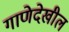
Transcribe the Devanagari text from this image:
गाणेदेखील